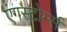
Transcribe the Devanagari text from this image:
एंगस्टोर्म्स